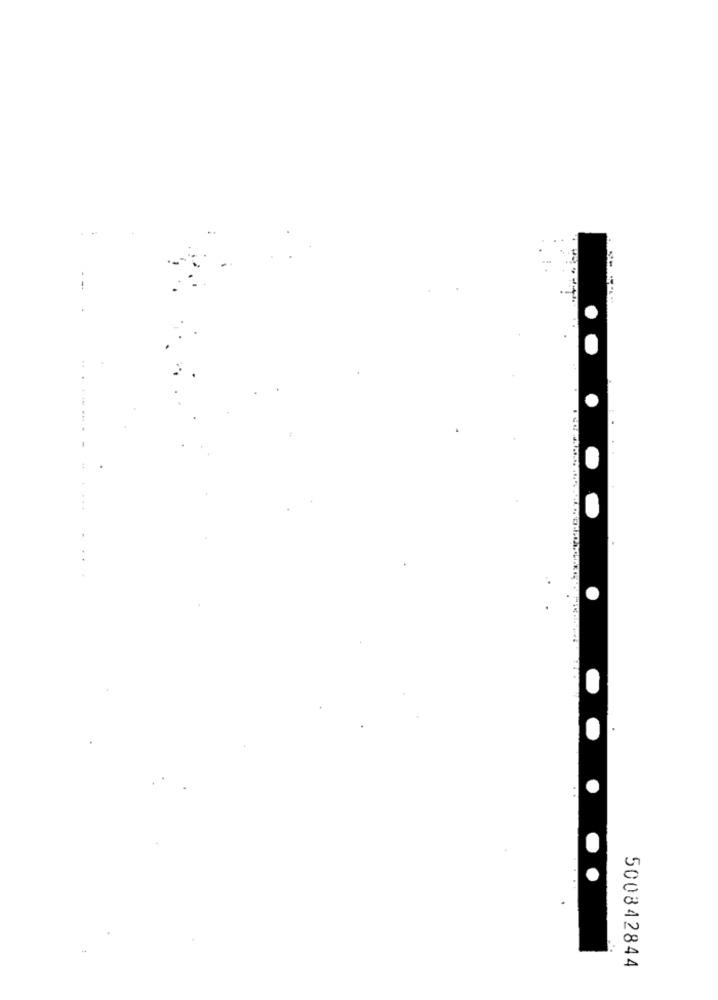
-
..
... .
...
500842844